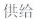
供给